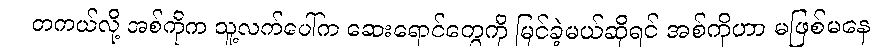
တကယ်လို့ အစ်ကိုက သူ့လက်ပေါ်က ဆေးရောင်တွေကို မြင်ခဲ့မယ်ဆိုရင် အစ်ကိုဟာ မဖြစ်မနေ